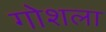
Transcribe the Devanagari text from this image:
गोशला